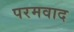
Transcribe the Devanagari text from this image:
परमवाद